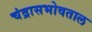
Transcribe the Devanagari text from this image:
चंद्रासभोवताल